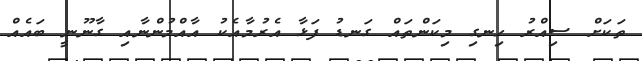
ތަަކަށް ސިއްރު ހިނގި މިކަންތައް ގަނޑު ފަޅާ އެރުމާއެކު އާއްމުންނާއި ގާނޫނީ ބައެއް